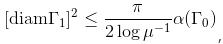
$[\mathrm{diam}\Gamma_1]^2 \leq \frac{\pi}{2\log\mu^{-1}}\alpha(\Gamma_0)$